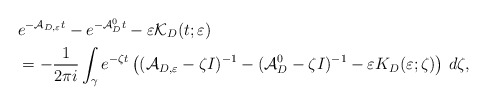
\begin{align*}&e^{-\mathcal{A}_{D,\varepsilon}t}-e^{-\mathcal{A}_D^0t}-\varepsilon \mathcal{K}_D(t;\varepsilon)\\&=-\frac{1}{2 \pi i}\int _\gamma e^{-\zeta t}\left( (\mathcal{A}_{D,\varepsilon}-\zeta I)^{-1}-(\mathcal{A}_D^0-\zeta I)^{-1}-\varepsilon K_D(\varepsilon;\zeta )\right) \,d\zeta ,\end{align*}